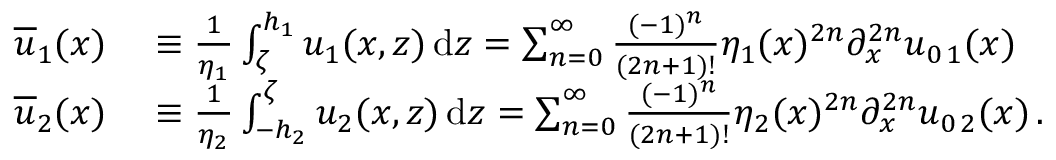
\begin{array} { r l } { { \overline { { u } } } _ { 1 } ( x ) } & { { } \equiv \frac { 1 } { \eta _ { 1 } } \int _ { \zeta } ^ { h _ { 1 } } u _ { 1 } ( x , z ) \, \mathrm { d } z = \sum _ { n = 0 } ^ { \infty } \frac { ( - 1 ) ^ { n } } { ( 2 n + 1 ) ! } \eta _ { 1 } ( x ) ^ { 2 n } \partial _ { x } ^ { 2 n } u _ { 0 \, 1 } ( x ) \, } \\ { { \overline { { u } } } _ { 2 } ( x ) } & { { } \equiv \frac { 1 } { \eta _ { 2 } } \int _ { - h _ { 2 } } ^ { \zeta } u _ { 2 } ( x , z ) \, \mathrm { d } z = \sum _ { n = 0 } ^ { \infty } \frac { ( - 1 ) ^ { n } } { ( 2 n + 1 ) ! } \eta _ { 2 } ( x ) ^ { 2 n } \partial _ { x } ^ { 2 n } u _ { 0 \, 2 } ( x ) \, . } \end{array}